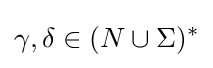
\gamma ,\delta \in (N\cup \Sigma )^{*}